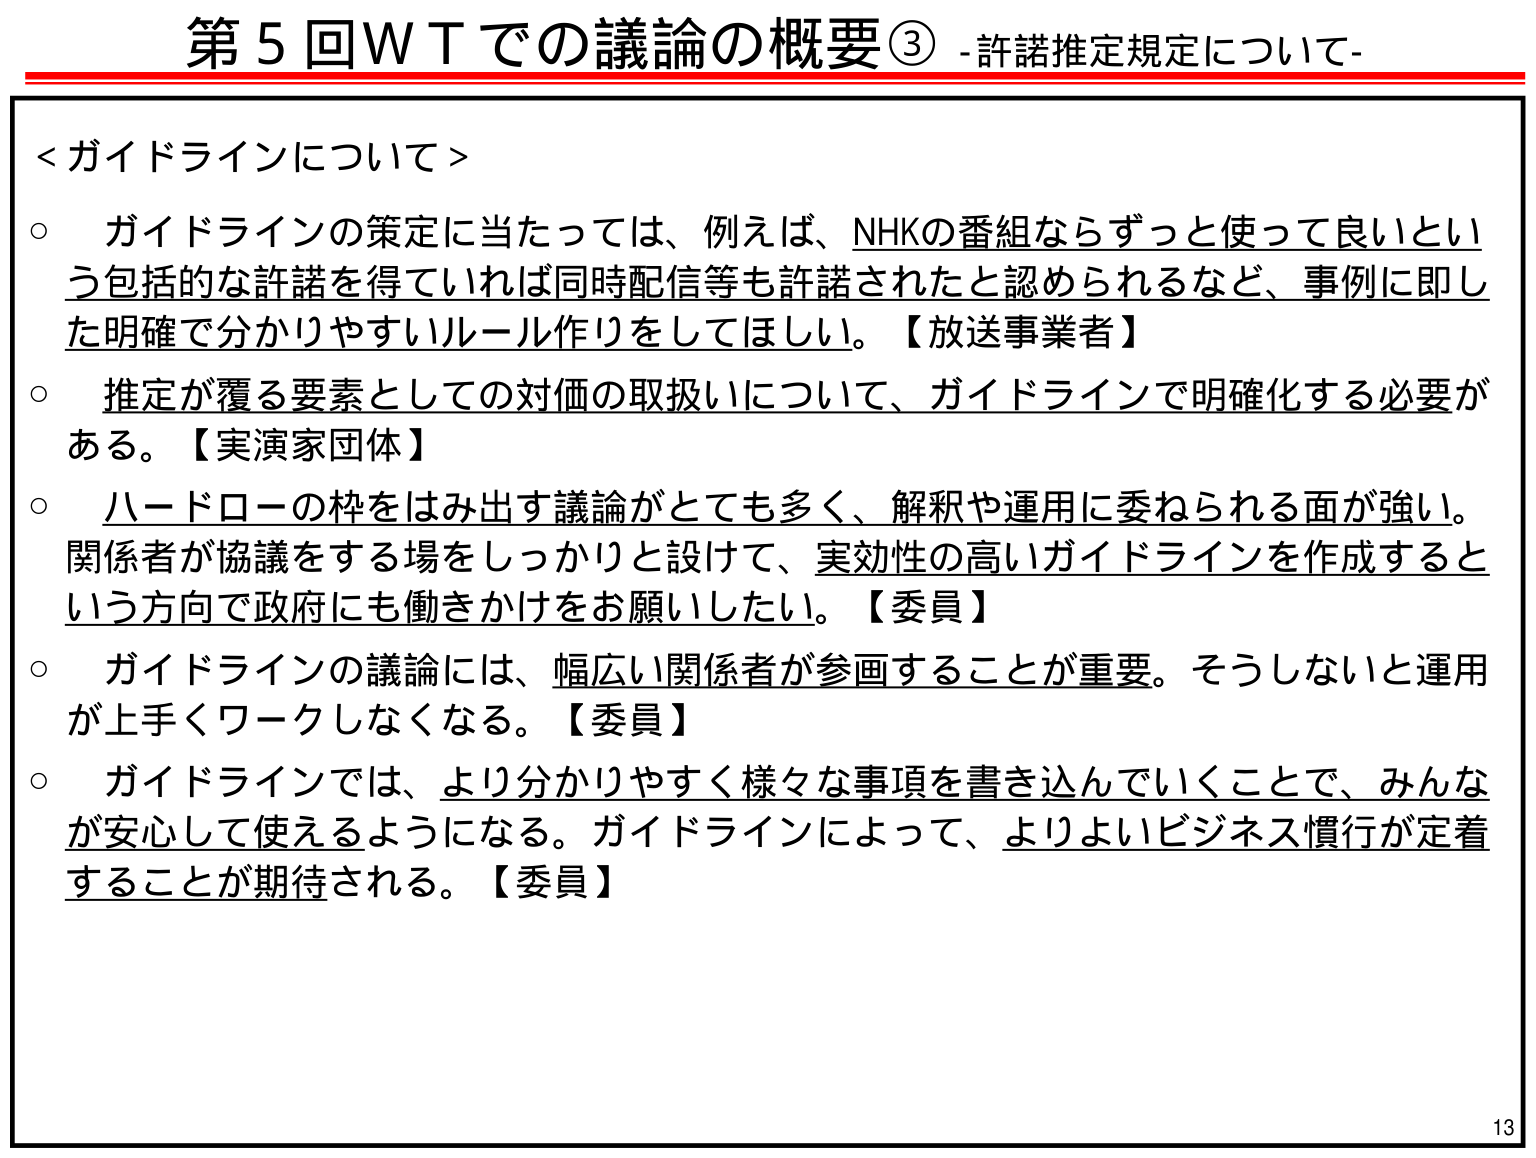
第5回WTでの議論の概要③ -許諾推定規定について-

＜ガイドラインについて＞
○ ガイドラインの策定に当たっては、例えば、NHKの番組ならずっと使って良いという包括的な許諾を得ていれば同時配信等も許諾されたと認められるなど、事例に即した明確で分かりやすいルール作りをしてほしい。【放送事業者】
○ 推定が覆る要素としての対価の取扱いについて、ガイドラインで明確化する必要がある。【実演家団体】
○ ハードローの枠をはみ出す議論がとても多く、解釈や運用に委ねられる面が強い。関係者が協議をする場をしっかりと設けて、実効性の高いガイドラインを作成するという方向で政府にも働きかけをお願いしたい。【委員】
○ ガイドラインの議論には、幅広い関係者が参画することが重要。そうしないと運用が上手くワークしなくなる。【委員】
○ ガイドラインでは、より分かりやすく様々な事項を書き込んでいくことで、みんなが安心して使えるようになる。ガイドラインによって、よりよいビジネス慣行が定着することが期待される。【委員】

13